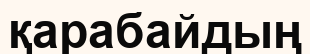
қарабайдың